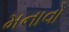
મનાવો